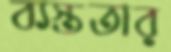
ব্যস্ততার